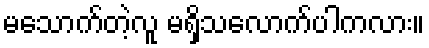
မသောက်တဲ့လူ မရှိသလောက်ပါကလား။